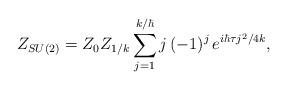
LaTeX: \begin{align*}Z_{SU(2)} = Z_0 Z_{1/k} \sum_{j=1}^{k/\hbar} j \, (-1)^j \, e^{i\hbar\tau j^2/4k} ,\end{align*}